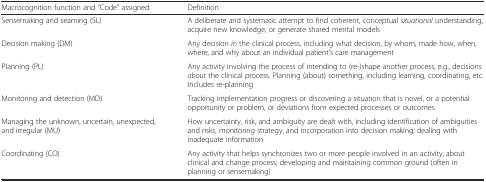
| Macrocognition function and “Code” assigned | Definition |
 | --- | --- |
 | Sensemaking and searning (SL) | A deliberate and systematic attempt to find coherent, conceptual situational understanding, acquire new knowledge, or generate shared mental models |
 | Decision making (DM) | Any decision in the clinical process, including what decision, by whom, made how, when, where, and why about an individual patient’s care management |
 | Planning (PL) | Any activity involving the process of intending to (re-)shape another process, e.g., decisions about the clinical process. Planning (about) something, including learning, coordinating, etc. Includes re-planning |
 | Monitoring and detection (MD) | Tracking implementation progress or discovering a situation that is novel, or a potential opportunity or problem, or deviations from expected processes or outcomes |
 | Managing the unknown, uncertain, unexpected, and irregular (MU) | How uncertainty, risk, and ambiguity are dealt with, including identification of ambiguities and risks, monitoring strategy, and incorporation into decision making; dealing with inadequate information |
 | Coordinating (CO) | Any activity that helps synchronizes two or more people involved in an activity, about clinical and change process; developing and maintaining common ground (often in planning or sensemaking) |